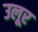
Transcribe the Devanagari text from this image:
उलूर